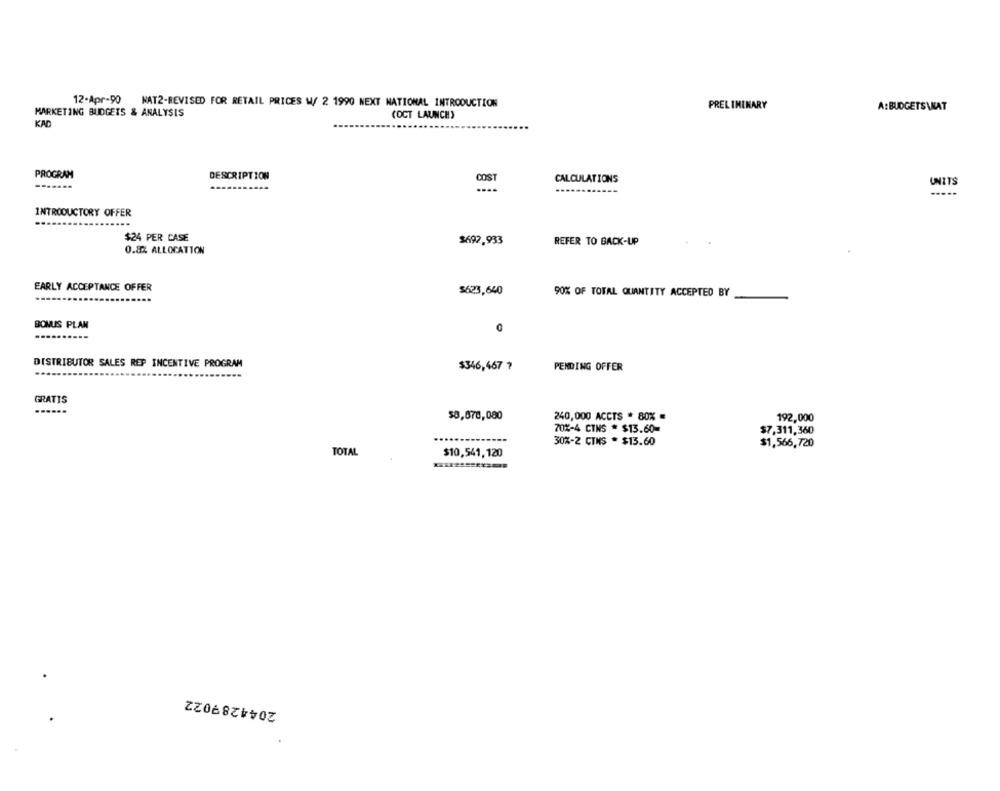
12-Apr-90 NAT2-REVISED FOR RETAIL PRICES W/ 2 1990 NEXT NATIONAL INTRODUCTION
MARKETING BUDGETS & ANALYSIS
PRELIMINARY
A:BUDGETS\NAT
(OCT LAUNCH)
KAD
PROGRAM
DESCRIPTION
COST
CALCULATIONS
UNITS
-------
....
INTRODUCTORY OFFER
$24 PER CASE
$692,933
REFER TO BACK-UP
0.8% ALLOCATION
EARLY ACCEPTANCE OFFER
$623,640
90% OF TOTAL QUANTITY ACCEPTED BY
BONUS PLAN
DISTRIBUTOR SALES REP INCENTIVE PROGRAM
$346,467 7
PENDING OFFER
GRATIS
$8,870,080
240,000 ACCTS * 80%
192,000
70%-4 CINS * $13.60=
$7,311,360
30%-2 CTNS . $13.60
$1,566,720
TOTAL
$10,541,120
2044287022